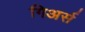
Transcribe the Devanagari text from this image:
गिअर्स